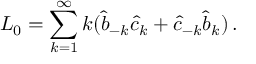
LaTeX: L _ { 0 } = \sum _ { k = 1 } ^ { \infty } k ( \hat { b } _ { - k } \hat { c } _ { k } + \hat { c } _ { - k } \hat { b } _ { k } ) \, .